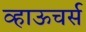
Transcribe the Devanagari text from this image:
व्हाऊचर्स